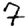
Digit: 7